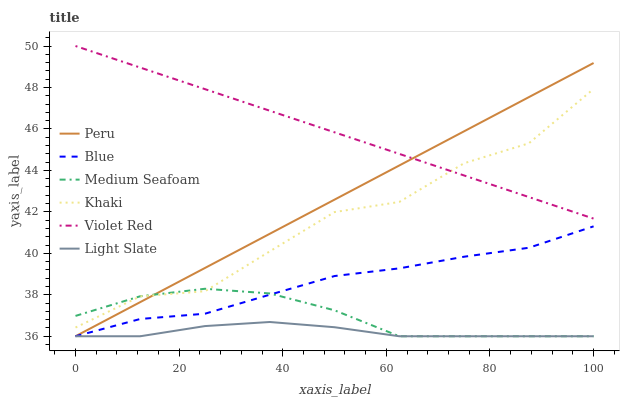
| xaxis_label | Peru | Blue | Medium Seafoam | Khaki | Violet Red | Light Slate |
 | --- | --- | --- | --- | --- | --- | --- |
 | 0 | 36 | 36 | 37 | 36.4 | 50 | 36 |
 | 12.5 | 37.6 | 36.8 | 37.9 | 37.9 | 49 | 36 |
 | 25 | 39.3 | 37.1 | 38.3 | 38.2 | 47.9 | 36.5 |
 | 37.5 | 40.9 | 38 | 38.1 | 40.1 | 46.9 | 36.7 |
 | 50 | 42.6 | 38.9 | 37.3 | 42 | 45.8 | 36.4 |
 | 62.5 | 44.2 | 39.3 | 36 | 42.5 | 44.8 | 36 |
 | 75 | 45.9 | 39.8 | 36 | 44.3 | 43.8 | 36 |
 | 87.5 | 47.5 | 40.3 | 36 | 45.3 | 42.7 | 36 |
 | 100 | 49.2 | 41.3 | 36 | 47.9 | 41.7 | 36 |